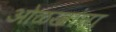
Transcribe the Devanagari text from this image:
ओळखांना